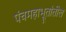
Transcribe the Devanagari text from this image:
पंचमहाभूतांतील